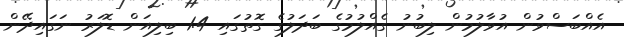
އެއްބަސްވުން އުވާލުމުން ލިބުނު ގެއްލުމުގެ ބަދަލުގެ ގޮތުގައި 1.4 ބިލިއަން ޑޮލަރު ނަގައިދޭން